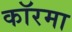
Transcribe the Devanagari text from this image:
कॉरमा